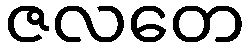
ဇလတေ